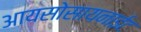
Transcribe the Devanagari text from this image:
आयसोसायनाईट